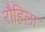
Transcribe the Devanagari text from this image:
रौहिला